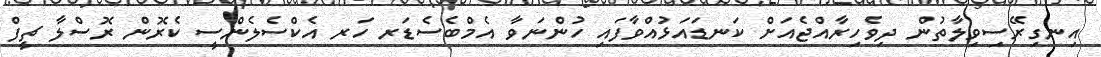
އިނގިރޭސިވިލާތުން ދިވެހިރާއްޖެއަށް ކަނޑައަޅުއްވާފައި ހުންނަވާ އެމްބެސެޑަރ ހަރ އެކްސެލެންސީ ކެރޮން ރޮސްލާ ޗީފް